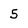
Character: 5